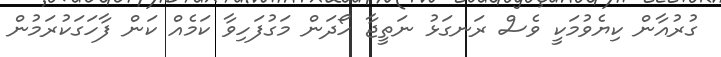
ގުރުއާން ކިޔެވުމަކީ ވެސް ރަނގަޅު ނަތީޖާ ހޯދަން މަގުފަހިވާ ކަމެއް ކަން ފާހަގަކުރަމުން